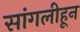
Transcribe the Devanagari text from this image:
सांगलीहून